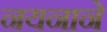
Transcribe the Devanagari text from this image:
नयनाने